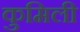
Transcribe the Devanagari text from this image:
कुमिली